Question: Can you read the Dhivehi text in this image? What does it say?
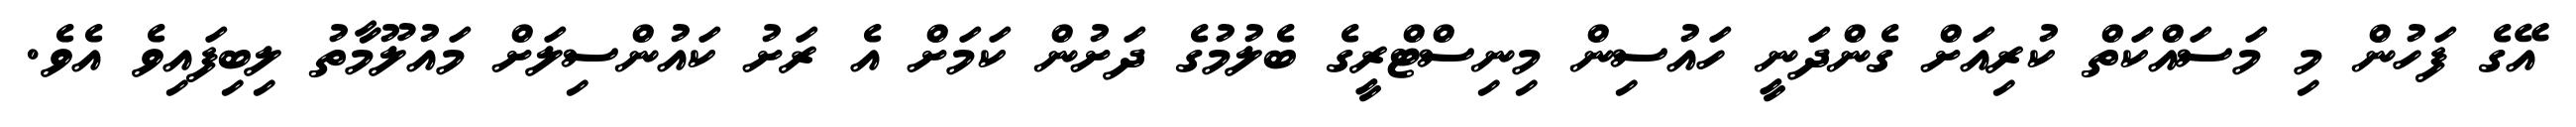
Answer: އޭގެ ފަހުން މި މަސައްކަތް ކުރިއަށް ގެންދަނީ ހައުސިން މިނިސްޓްރީގެ ބެލުމުގެ ދަށުން ކަމަށް އެ ރަށު ކައުންސިލަށް މައުލޫމާތު ލިބިފައިވެ އެވެ.